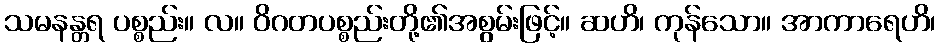
သမနန္တရ ပစ္စည်း။ လ။ ဝိဂတပစ္စည်းတို့၏အစွမ်းဖြင့်။ ဆဟိ၊ ကုန်သော။ အာကာရေဟိ၊